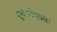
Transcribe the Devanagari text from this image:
सूर्यप्रवेशाला